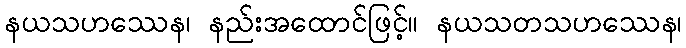
နယသဟဿေန၊ နည်းအထောင်ဖြင့်။ နယသတသဟဿေန၊